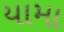
યામા